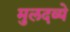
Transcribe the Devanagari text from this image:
मुलदव्ये